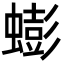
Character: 蟛